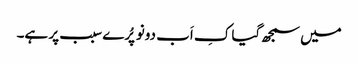
میں سمجھ گیا کِ اَب دونو پُرے سبب پر ہے۔